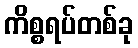
ကိစ္စရပ်တစ်ခု